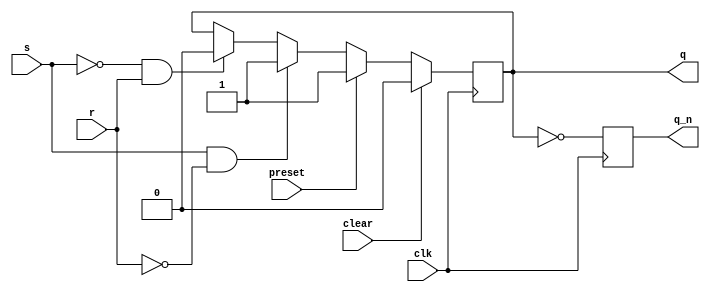
module sr_flip_flop (
    input wire clk, // Clock input
    input wire clear, // Asynchronous clear input
    input wire preset, // Asynchronous preset input
    input wire s, // Set input
    input wire r, // Reset input
    output reg q, // Output Q
    output reg q_n // Output Q'
);

always @(posedge clk) begin
    if (clear) begin
        q <= 1'b0; // Force Q low
    end else if (preset) begin
        q <= 1'b1; // Force Q high
    end else begin
        if (s & ~r) begin
            q <= 1'b1; // Set Q high
        end else if (~s & r) begin
            q <= 1'b0; // Reset Q low
        end
    end
    
    q_n <= ~q; // Compute Q'
end

endmodule